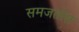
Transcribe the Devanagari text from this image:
समजतोस